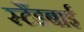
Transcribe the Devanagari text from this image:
स्‍टैंडबाई